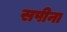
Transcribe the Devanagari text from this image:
सपीना